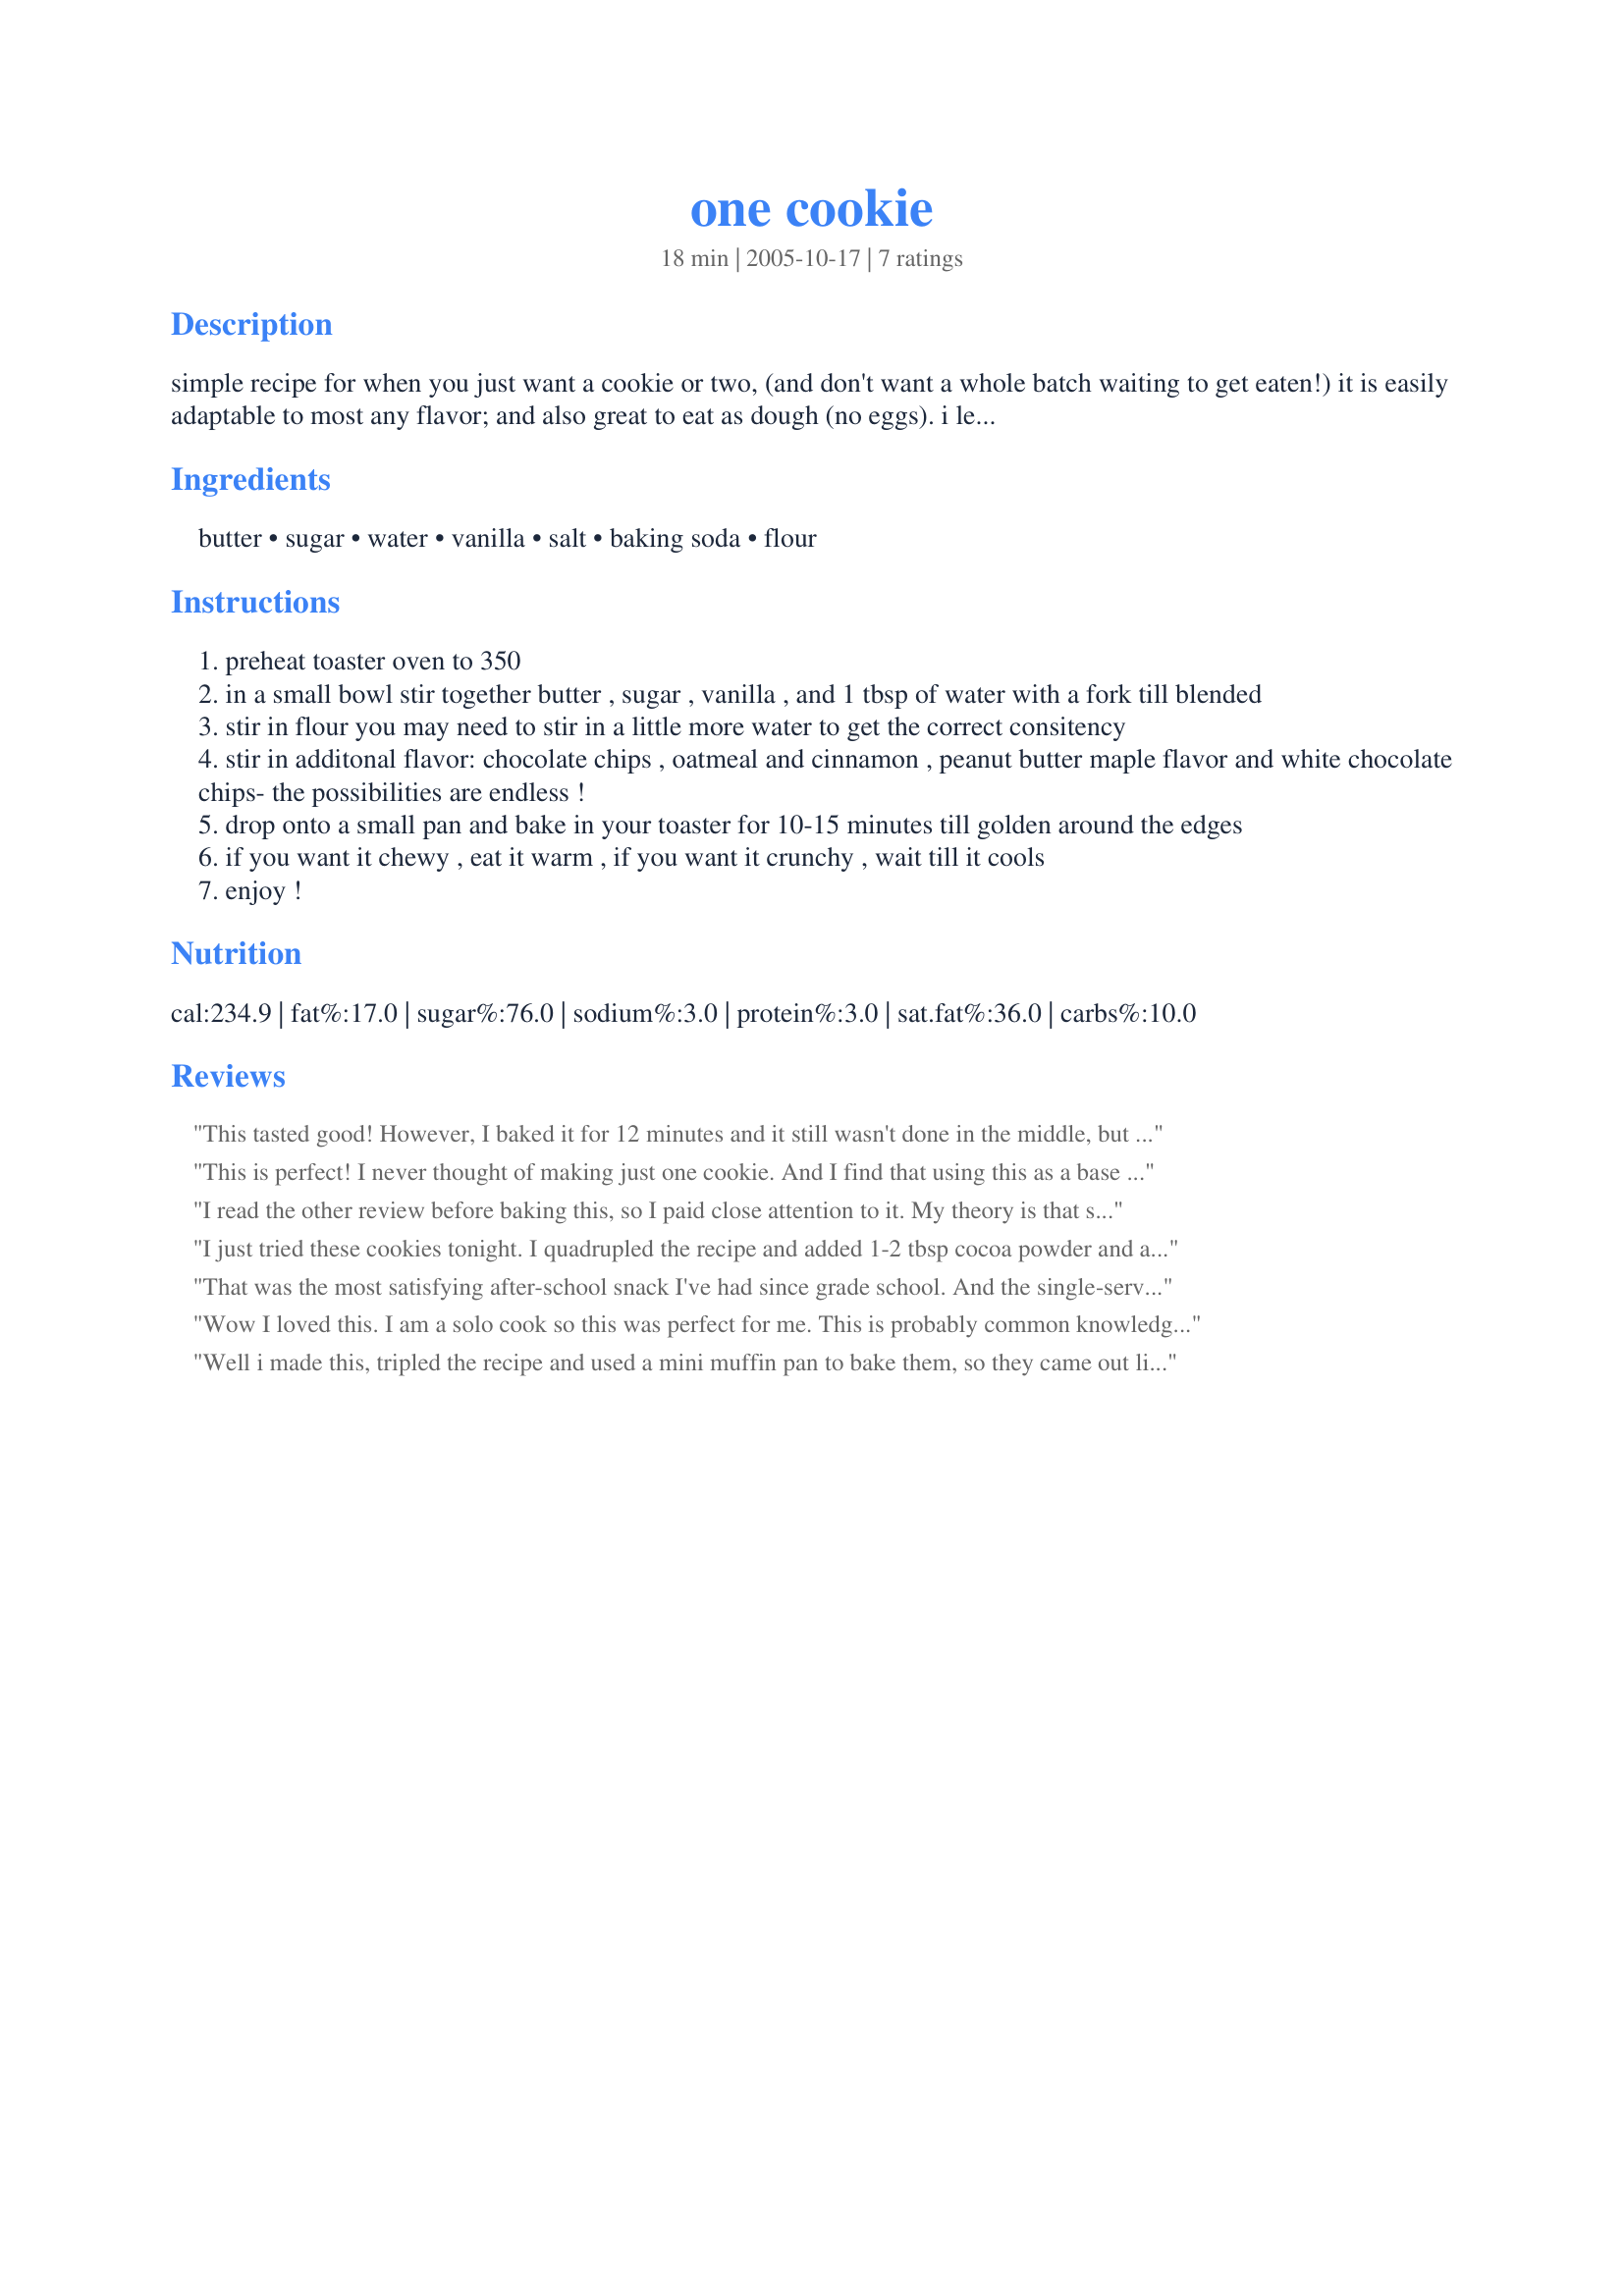
one cookie
Preparation time: 18 minutes

simple recipe for when you just want a cookie or two, (and don't want a whole batch waiting to get eaten!) it is easily adaptable to most any flavor; and also great to eat as dough (no eggs). i leave out the baking soda and salt because i don't care if my cookie rises, as long as it tastes good.

Ingredients:
butter, sugar, water, vanilla, salt, baking soda, flour

Steps:
preheat toaster oven to 350
in a small bowl stir together butter , sugar , vanilla , and 1 tbsp of water with a fork till blended
stir in flour you may need to stir in a little more water to get the correct consitency
stir in additonal flavor: chocolate chips , oatmeal and cinnamon , peanut butter maple flavor and white chocolate chips- the possibilities are endless !
drop onto a small pan and bake in your toaster for 10-15 minutes till golden around the edges
if you want it chewy , eat it warm , if you want it crunchy , wait till it cools
enjoy !

Reviews:
This tasted good! However, I baked it for 12 minutes and it still wasn't done in the middle, but the edges were getting brown. I will probably use this again when I'm craving something sweet, but will have to do some experimenting with it! Thanks for posting!
This is perfect! I never thought of making just one cookie. And I find that using this as a base you can test a new cookie recipe without having to bake the whole dozen. Thanks!
I read the other review before baking this, so I paid close attention to it. My theory is that size of your toaster is important. If you have a small one like me, the cookie is pretty close to the heating element. I found it cooked pretty quickly (7-9 minutes). This might be different if you have a big toaster where the element is farther away.
I just tried these cookies tonight. I quadrupled the recipe and added 1-2 tbsp cocoa powder and a few drops of mint extract. I used whole wheat flour and Splenda too. They took about 11min to cook in my toaster oven. They were good...perfect for a snack for 2. It made 12 small cookies.

Thanks for an easy little snack!
That was the most satisfying after-school snack I've had since grade school. And the single-serving size is perfect since my husband is diabetic and I have no children. Genius!
Wow I loved this. I am a solo cook so this was perfect for me. This is probably common knowledge for people other than me, but make sure you use cold butter. The first time I made it, I used melted butter and it turned out like a nice litte cake (good, but not a cookie). The second time I used cold butter (well, marg) and it was a nice buttery sugar cookie. I will make this often!
Well i made this, tripled the recipe and used a mini muffin pan to bake them, so they came out like little sweet chewy centered muffins! I posted a recipe for my adaptation of Japan bound's wonderful recipe under my recipes entitled Small Batch of Chewy Mini Muffin-Cookies. Thanks for such a great recipe!!
